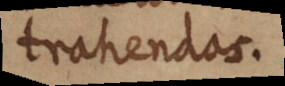
trahendas.